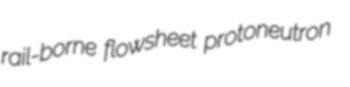
rail-borne flowsheet protoneutron